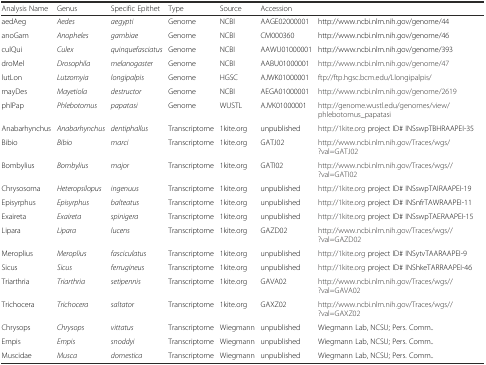
<table><thead><tr><td><b>Analysis Name</b></td><td><b>Genus</b></td><td><b>Specific Epithet</b></td><td><b>Type</b></td><td><b>Source</b></td><td><b>Accession</b></td><td></td></tr></thead><tbody><tr><td>aedAeg</td><td><i>Aedes</i></td><td><i>aegypti</i></td><td>Genome</td><td>NCBI</td><td>AAGE02000001</td><td>http://www.ncbi.nlm.nih.gov/genome/44</td></tr><tr><td>anoGam</td><td><i>Anopheles</i></td><td><i>gambiae</i></td><td>Genome</td><td>NCBI</td><td>CM000360</td><td>http://www.ncbi.nlm.nih.gov/genome/46</td></tr><tr><td>culQui</td><td><i>Culex</i></td><td><i>quinquefasciatus</i></td><td>Genome</td><td>NCBI</td><td>AAWU01000001</td><td>http://www.ncbi.nlm.nih.gov/genome/393</td></tr><tr><td>droMel</td><td><i>Drosophila</i></td><td><i>melanogaster</i></td><td>Genome</td><td>NCBI</td><td>AABU01000001</td><td>http://www.ncbi.nlm.nih.gov/genome/47</td></tr><tr><td>lutLon</td><td><i>Lutzomyia</i></td><td><i>longipalpis</i></td><td>Genome</td><td>HGSC</td><td>AJWK01000001</td><td>ftp://ftp.hgsc.bcm.edu/Llongipalpis/</td></tr><tr><td>mayDes</td><td><i>Mayetiola</i></td><td><i>destructor</i></td><td>Genome</td><td>NCBI</td><td>AEGA01000001</td><td>http://www.ncbi.nlm.nih.gov/genome/2619</td></tr><tr><td>phlPap</td><td><i>Phlebotomus</i></td><td><i>papatasi</i></td><td>Genome</td><td>WUSTL</td><td>AJVK01000001</td><td>http://genome.wustl.edu/genomes/view/phlebotomus_papatasi</td></tr><tr><td>Anabarhynchus</td><td><i>Anabarhynchus</i></td><td><i>dentiphallus</i></td><td>Transcriptome</td><td>1kite.org</td><td>unpublished</td><td>http://1kite.org project ID# INSswpTBHRAAPEI-35</td></tr><tr><td>Bibio</td><td><i>Bibio</i></td><td><i>marci</i></td><td>Transcriptome</td><td>1kite.org</td><td>GATJ02</td><td>http://www.ncbi.nlm.nih.gov/Traces/wgs/?val=GATJ02</td></tr><tr><td>Bombylius</td><td><i>Bombylius</i></td><td><i>major</i></td><td>Transcriptome</td><td>1kite.org</td><td>GATI02</td><td>http://www.ncbi.nlm.nih.gov/Traces/wgs//?val=GATI02</td></tr><tr><td>Chrysosoma</td><td><i>Heteropsilopus</i></td><td><i>ingenuus</i></td><td>Transcriptome</td><td>1kite.org</td><td>unpublished</td><td>http://1kite.org project ID# INSswpTAIRAAPEI-19</td></tr><tr><td>Episyrphus</td><td><i>Episyrphus</i></td><td><i>balteatus</i></td><td>Transcriptome</td><td>1kite.org</td><td>unpublished</td><td>http://1kite.org project ID# INSnfrTAWRAAPEI-11</td></tr><tr><td>Exaireta</td><td><i>Exaireta</i></td><td><i>spinigera</i></td><td>Transcriptome</td><td>1kite.org</td><td>unpublished</td><td>http://1kite.org project ID# INSswpTAERAAPEI-15</td></tr><tr><td>Lipara</td><td><i>Lipara</i></td><td><i>lucens</i></td><td>Transcriptome</td><td>1kite.org</td><td>GAZD02</td><td>http://www.ncbi.nlm.nih.gov/Traces/wgs//?val=GAZD02</td></tr><tr><td>Meroplius</td><td><i>Meroplius</i></td><td><i>fasciculatus</i></td><td>Transcriptome</td><td>1kite.org</td><td>unpublished</td><td>http://1kite.org project ID# INSytvTAARAAPEI-9</td></tr><tr><td>Sicus</td><td><i>Sicus</i></td><td><i>ferrugineus</i></td><td>Transcriptome</td><td>1kite.org</td><td>unpublished</td><td>http://1kite.org project ID# INShkeTARRAAPEI-46</td></tr><tr><td>Triarthria</td><td><i>Triarthria</i></td><td><i>setipennis</i></td><td>Transcriptome</td><td>1kite.org</td><td>GAVA02</td><td>http://www.ncbi.nlm.nih.gov/Traces/wgs//?val=GAVA02</td></tr><tr><td>Trichocera</td><td><i>Trichocera</i></td><td><i>saltator</i></td><td>Transcriptome</td><td>1kite.org</td><td>GAXZ02</td><td>http://www.ncbi.nlm.nih.gov/Traces/wgs//?val=GAXZ02</td></tr><tr><td>Chrysops</td><td><i>Chrysops</i></td><td><i>vittatus</i></td><td>Transcriptome</td><td>Wiegmann</td><td>unpublished</td><td>Wiegmann Lab, NCSU; Pers. Comm..</td></tr><tr><td>Empis</td><td><i>Empis</i></td><td><i>snoddyi</i></td><td>Transcriptome</td><td>Wiegmann</td><td>unpublished</td><td>Wiegmann Lab, NCSU; Pers. Comm..</td></tr><tr><td>Muscidae</td><td><i>Musca</i></td><td><i>domestica</i></td><td>Transcriptome</td><td>Wiegmann</td><td>unpublished</td><td>Wiegmann Lab, NCSU; Pers. Comm..</td></tr></tbody></table>